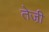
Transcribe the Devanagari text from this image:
तेजी़